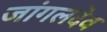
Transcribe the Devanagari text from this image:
जांगलदेव